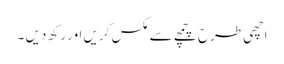
اچھی طرح چمچے سے مکس کریں اور رکھ دیں ۔